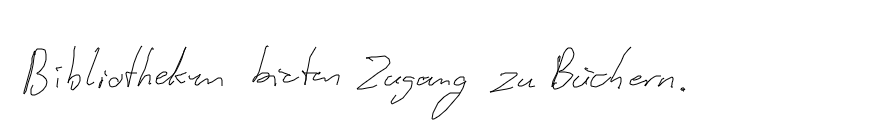
Bibliotheken bieten Zugang zu Büchern.